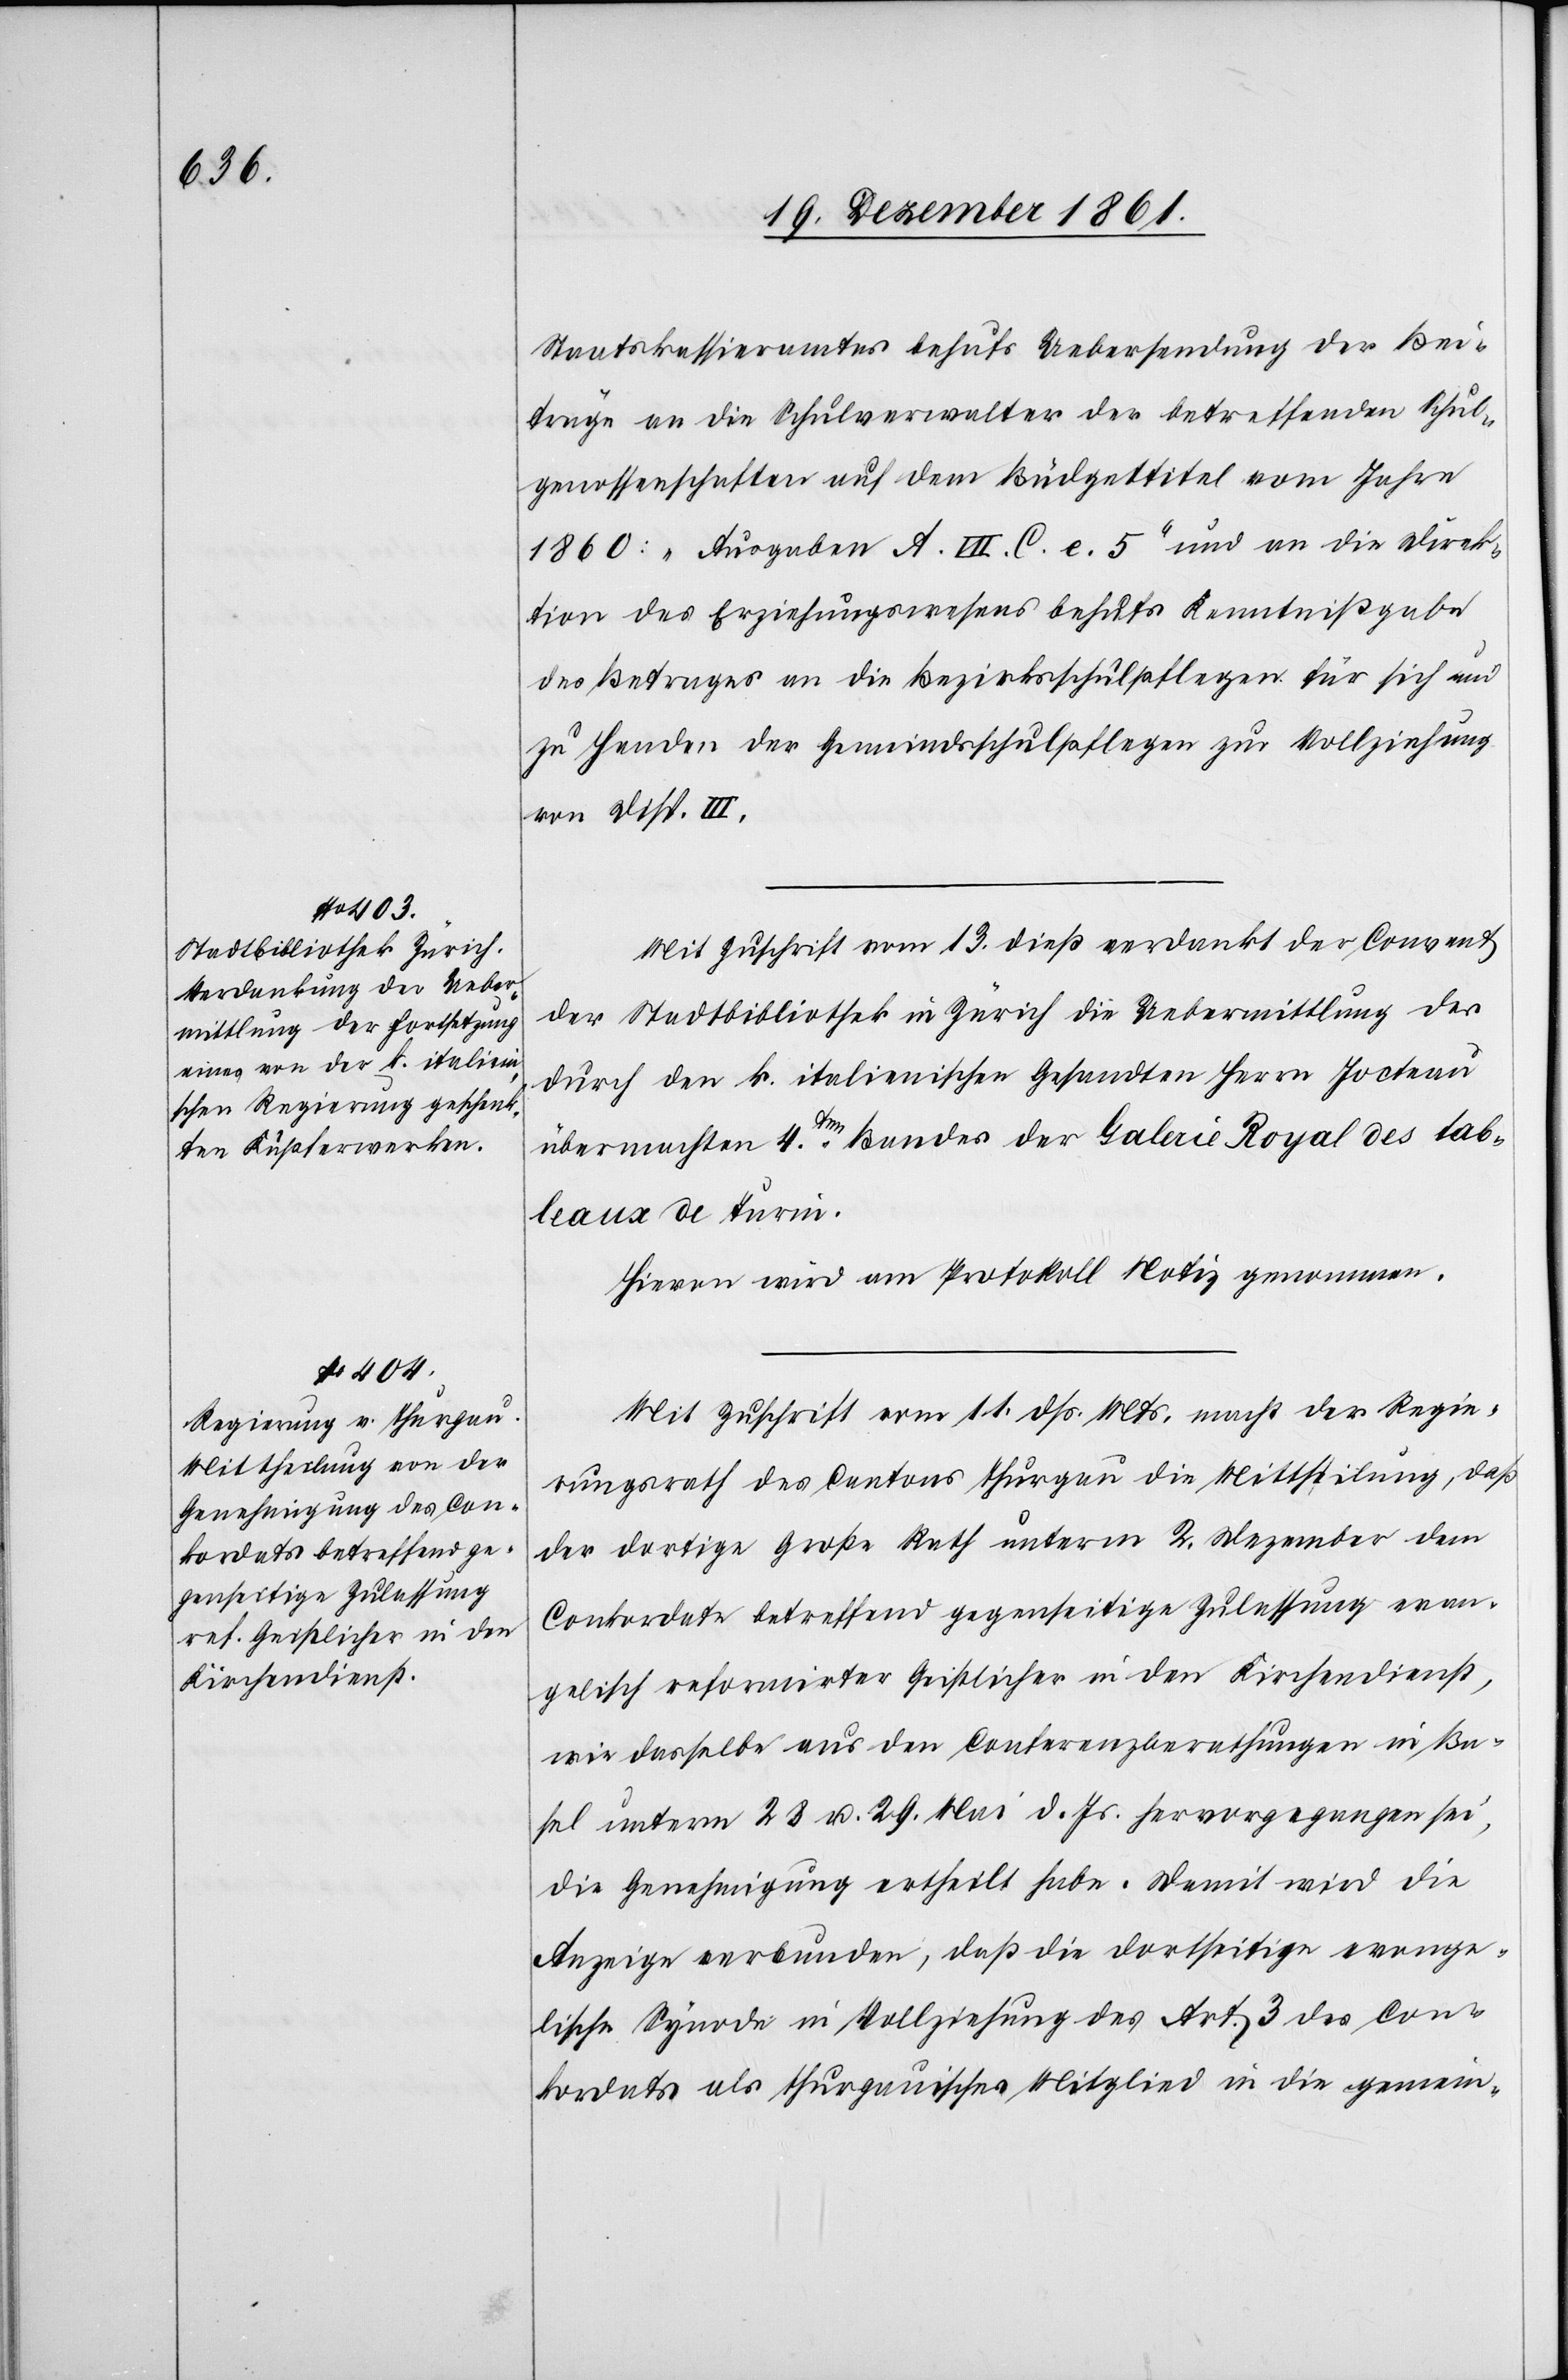
Staatskassieramtes behufs Uebersendung der Bei¬
träge an die Schulverwalter der betreffenden Schul¬
genossenschaften auf dem Büdgettitel vom Jahre
1860: „Ausgaben A. VII. C. e. 5“ und an die Direk¬
tion des Erziehungswesens behufs Kenntnißgabe
des Betrages an die Bezirksschulpflegen für sich und
zu Handen der Gemeindsschulpflegen zur Vollziehung
von Disp. III.
Mit Zuschrift vom 13 dieß verdankt der Convent
der Stadtbibliothek in Zürich die Uebermittlung des
durch den k. italienischen Gesandten Herrn Jocteau
übermachten 4ten Bundes der Galerie Royal des tab¬
leaux de Turin.
Hievon wird am Protokoll Notiz genommen.
Mit Zuschrift vom 11 dß. Mts. macht der Regie¬
rungsrath des Cantons Thurgau die Mittheilung, daß
der dortige Große Rath unterm 2 Dezember dem
Conkordate betreffend gegenseitige Zulassung evan¬
gelisch reformirter Geistlicher in den Kirchendienst,
wie dasselbe aus den Conferenzberathungen in Ba¬
sel unterm 28 u. 29 Mai d. Js. hervorgegangen sei,
die Genehmigung ertheilt habe. Damit wird die
Anzeige verbunden, daß die dortseitige evange¬
lische Synode in Vollziehung des Art. 3 des Con¬
kordats als thurgauisches Mitglied in die gemein-